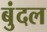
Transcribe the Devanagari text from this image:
बुंदल